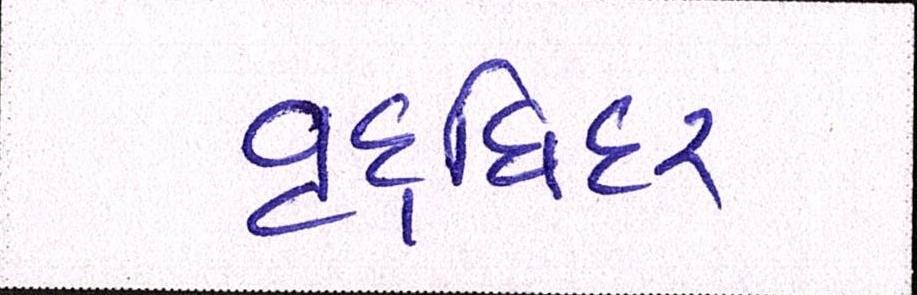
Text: વૃદ્ધિદર